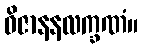
ဝိဇာနနလက္ခဏံ။